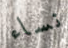
نساء